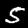
Label: 5